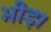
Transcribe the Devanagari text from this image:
भीड़।